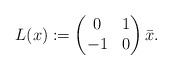
LaTeX: \begin{align*}L(x):=\begin{pmatrix} 0 & 1 \\ -1 & 0 \end{pmatrix} \bar{x}.\end{align*}